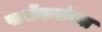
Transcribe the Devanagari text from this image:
पार्सेकरांच्या